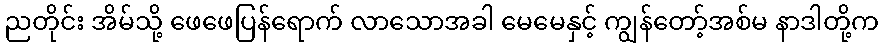
ညတိုင်း အိမ်သို့ ဖေဖေပြန်ရောက် လာသောအခါ မေမေနှင့် ကျွန်တော့်အစ်မ နာဒါတို့က